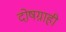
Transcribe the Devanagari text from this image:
दोषग्राही